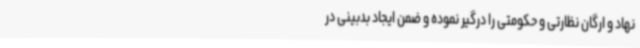
نهاد و ارگان نظارتی و حکومتی را درگیر نموده و ضمن ایجاد بدبینی در